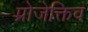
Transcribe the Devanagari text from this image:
प्रोजेक्तिव